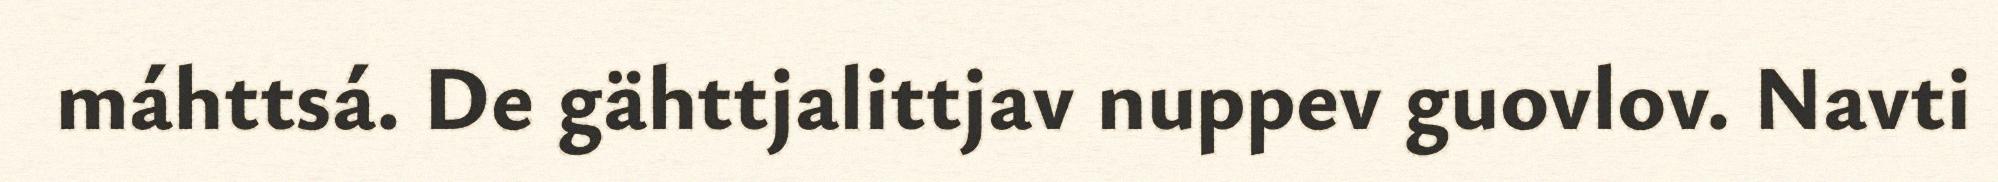
máhttsá. De gähttjalittjav nuppev guovlov. Navti